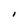
Character: I